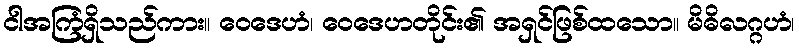
ငါအကြံရှိသည်ကား။ ဝေဒေဟံ၊ ဝေဒေဟတိုင်း၏ အရှင်ဖြစ်ထသော။ မိဓိလဂ္ဂဟံ၊